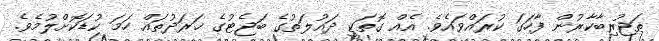
ތަޖުރިބާކާރުން ފާހަގަ ކުރައްވައެވެ. އެއް ގޮތަކީ ދައުލަތުގެ ބަޖެޓުގެ ޚަރަދުތައް ހަމަ ކުޑަކޮށްލުމެވެ.